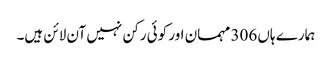
ہمارے ہاں 306 مہمان اور کوئی رکن نہیں آن لائن ہیں۔